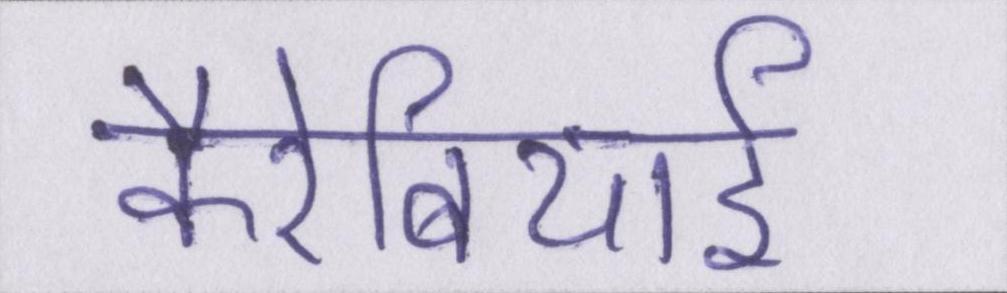
कैरेबियाई